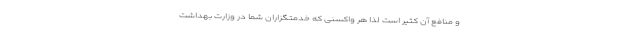
و منافع آن کثیر است لذا هر واکسنی که خدمتگزاران شما در وزارت بهداشت